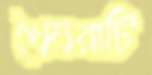
খৈয়রাটি